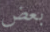
بعض